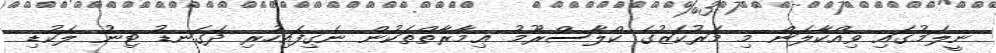
ނީލަމުގައި ވިއްކާލަން މި މަރުކަޒުގެ ކްލާސްރޫމު ޢިމާރާތްތަކުން ނެގިފައިހުރި ދަގަނޑު ޓިނު ލަކުޑި